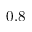
0 . 8